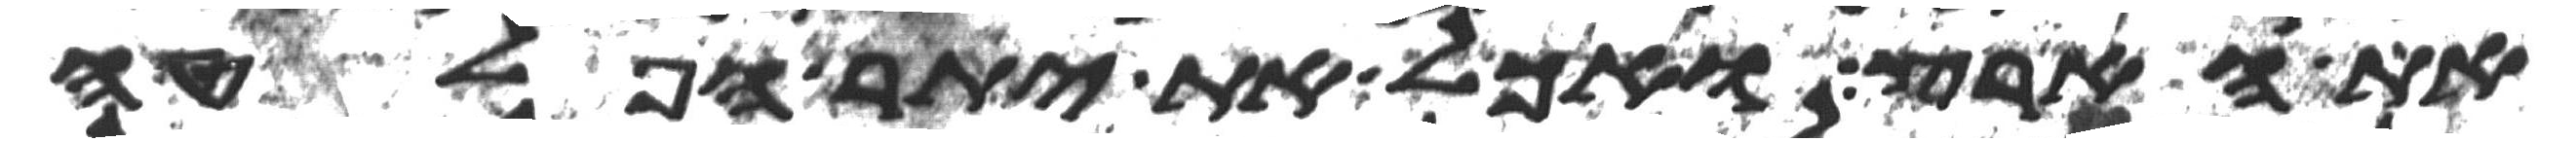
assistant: את הארץ ואכל את יתר הפלטה